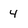
Character: 4